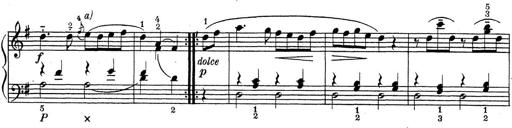
Title: ÄŒeskÃ© Sonatiny
Composer: Various